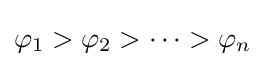
\varphi _{1}>\varphi _{2}>\cdots >\varphi _{n}